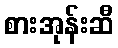
စားအုန်းဆီ